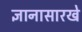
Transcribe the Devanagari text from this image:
ज्ञानासारखे